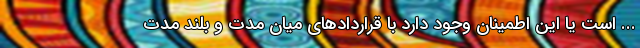
... است یا این اطمینان وجود دارد با قراردادهای میان مدت و بلند مدت